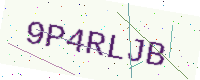
Text: 9P4RLJB